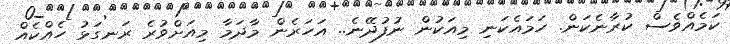
ކަމެއްވެސް ކުރާނެކަން. ހަމައެކަނި މިއަކުން ނުފުދޭނެ.. އަހަރެން މާދަމާ މިއަށްވުރެ ރަނގަޅު ހެއްކެއް